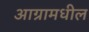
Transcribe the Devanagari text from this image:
आग्रामधील